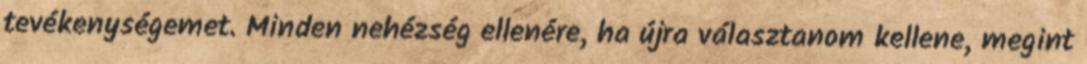
tevékenységemet. Minden nehézség ellenére, ha újra választanom kellene, megint